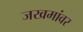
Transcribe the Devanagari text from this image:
जखमांवर